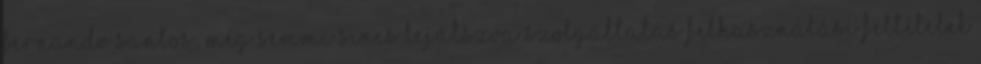
Fernando Santos: még semmi sincs lejátszva Szolgáltatás Felhasználási feltételek